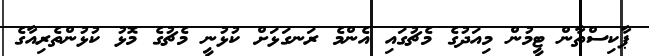
ޕާކިސްތާން ޓީމުން މިއަދުގެ މެޗުގައި އެންމެ ރަނގަޅަށް ކުޅުނީ މެޗުގެ މޮޅު ކުޅުންތެރިއާގެ